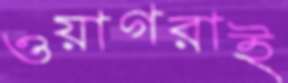
ওয়াগরাই